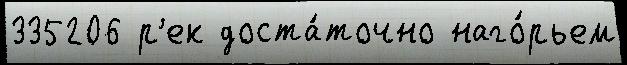
335206 р'ек доста́точно наго́рьем